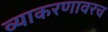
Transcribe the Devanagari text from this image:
व्याकरणावरच